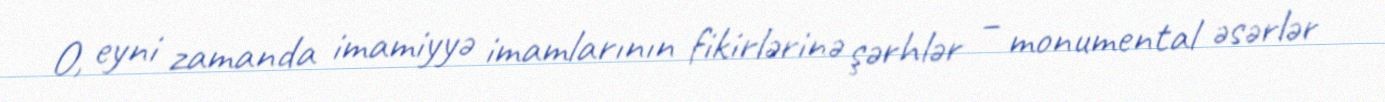
O, eyni zamanda imamiyyə imamlarının fikirlərinə şərhlər – monumental əsərlər